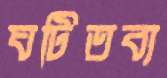
ঘটিতব্য